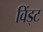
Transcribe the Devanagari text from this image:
विंड्ट